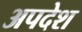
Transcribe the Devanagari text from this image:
अपदेश